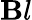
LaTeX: \mathbf{B}l